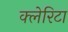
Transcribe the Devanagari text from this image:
क्लेरिटा